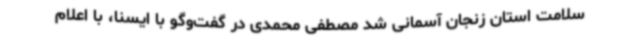
سلامت استان زنجان آسمانی شد مصطفی محمدی در گفت‌وگو با ایسنا، با اعلام